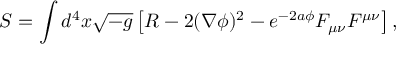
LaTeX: S = \int d ^ { 4 } x \sqrt { - g } \left[ R - 2 ( \nabla \phi ) ^ { 2 } - e ^ { - 2 a \phi } F _ { \mu \nu } F ^ { \mu \nu } \right] ,